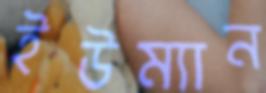
ইউম্যান